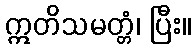
ဣတိသမတ္တံ၊ ပြီး။